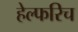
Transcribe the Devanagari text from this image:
हेल्फरिच